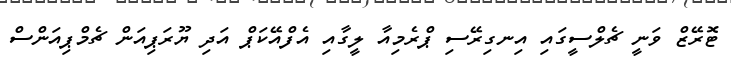
ޓޮރޭޒް ވަނީ ޗެލްސީގައި އިނގިރޭސި ޕްރެމިއާ ލީގާއި އެފްއޭކަޕް އަދި ޔޫރަޕިއަން ޗެމްޕިއަންސް